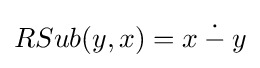
RSub(y,x)=x\mathbin {\dot {-}} y